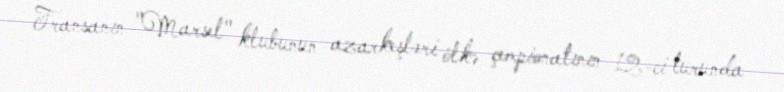
Fransanın "Marsel" klubunun azarkeşləri ölkə çempionatının 12-ci turunda